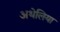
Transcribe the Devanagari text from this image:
अथेलिया